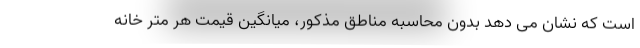
است که نشان می دهد بدون محاسبه مناطق مذکور، میانگین قیمت هر متر خانه